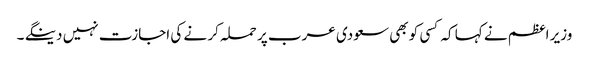
وزیر اعظم نے کہا کہ کسی کو بھی سعودی عرب پر حملہ کر نے کی اجازت نہیں دینگے ۔